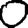
Digit: 0